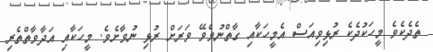
ތެދެކެވެ މީހަކުދެކެ ރުޅިވިއަސް އެމީހަކާއި ގާތްނުވެވޭ ވަރަށް ރުޅި ނުވާށެވެ. މީހަކާއި އަދާވާތްތެރި